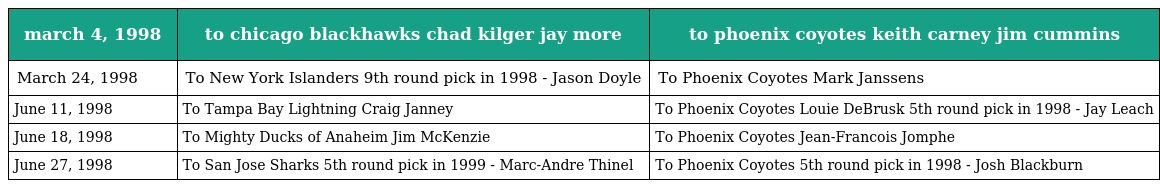
| march 4, 1998 | to chicago blackhawks chad kilger jay more | to phoenix coyotes keith carney jim cummins |
 | --- | --- | --- |
 | March 24, 1998 | To New York Islanders 9th round pick in 1998 - Jason Doyle | To Phoenix Coyotes Mark Janssens |
 | June 11, 1998 | To Tampa Bay Lightning Craig Janney | To Phoenix Coyotes Louie DeBrusk 5th round pick in 1998 - Jay Leach |
 | June 18, 1998 | To Mighty Ducks of Anaheim Jim McKenzie | To Phoenix Coyotes Jean-Francois Jomphe |
 | June 27, 1998 | To San Jose Sharks 5th round pick in 1999 - Marc-Andre Thinel | To Phoenix Coyotes 5th round pick in 1998 - Josh Blackburn |